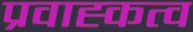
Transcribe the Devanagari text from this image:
प्रवाह्कत्व